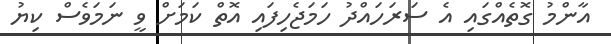
އާންމު ގޮތެއްގައި އެ ސަރަހައްދު ހަމަޖެހިފައި އޮތް ކަމަށް ވީ ނަމަވެސް ކިޔު